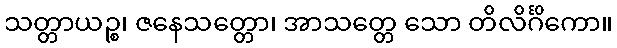
သတ္တာယဉ္စ၊ ဇနေသတ္တော၊ အာသတ္တေ သော တိလိင်္ဂိကော။